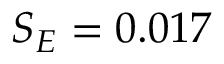
S _ { E } = 0 . 0 1 7